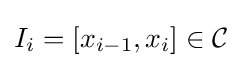
I_{i}=[x_{i-1},x_{i}]\in {\mathcal {C}}